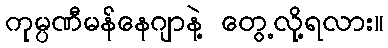
ကုမ္ပဏီမန်နေဂျာနဲ့ တွေ့လို့ရလား။